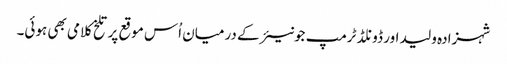
شہزادہ ولید اور ڈونلڈ ٹرمپ جونیئر کے درمیان اُس موقع پر تلخ کلامی بھی ہوئی۔